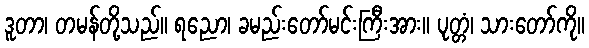
ဒူတာ၊ တမန်တို့သည်။ ရညော၊ ခမည်းတော်မင်းကြီးအား။ ပုတ္တံ၊ သားတော်ကို။